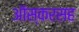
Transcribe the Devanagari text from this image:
ऑस्करसह